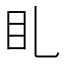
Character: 𥃤